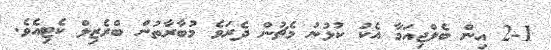
2-1 އިން ބެލްޖިއަމާ އެކު ކުޅުނު މެޗުން ދެރަވެ މުބާރާތުން ބްރެޒިލް ކެޓިއެވެ.